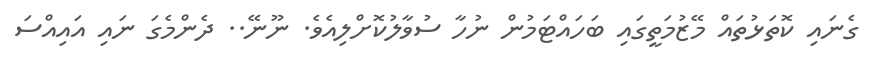
ގެނައި ކޮތަޅުތައް މޭޒުމަތީގައި ބަހައްޓަމުން ނުހާ ސުވާލުކޮށްލިއެވެ. ނޫނޭ.. ދެންމެގަ ނައި އައިއްސަ